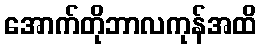
အောက်တိုဘာလကုန်အထိ